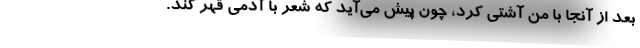
بعد از آنجا با من آشتی کرد، چون پیش می‌آید که شعر با آدمی قهر کند.